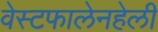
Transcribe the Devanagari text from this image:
वेस्टफालेनहेली